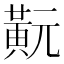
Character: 𪎹